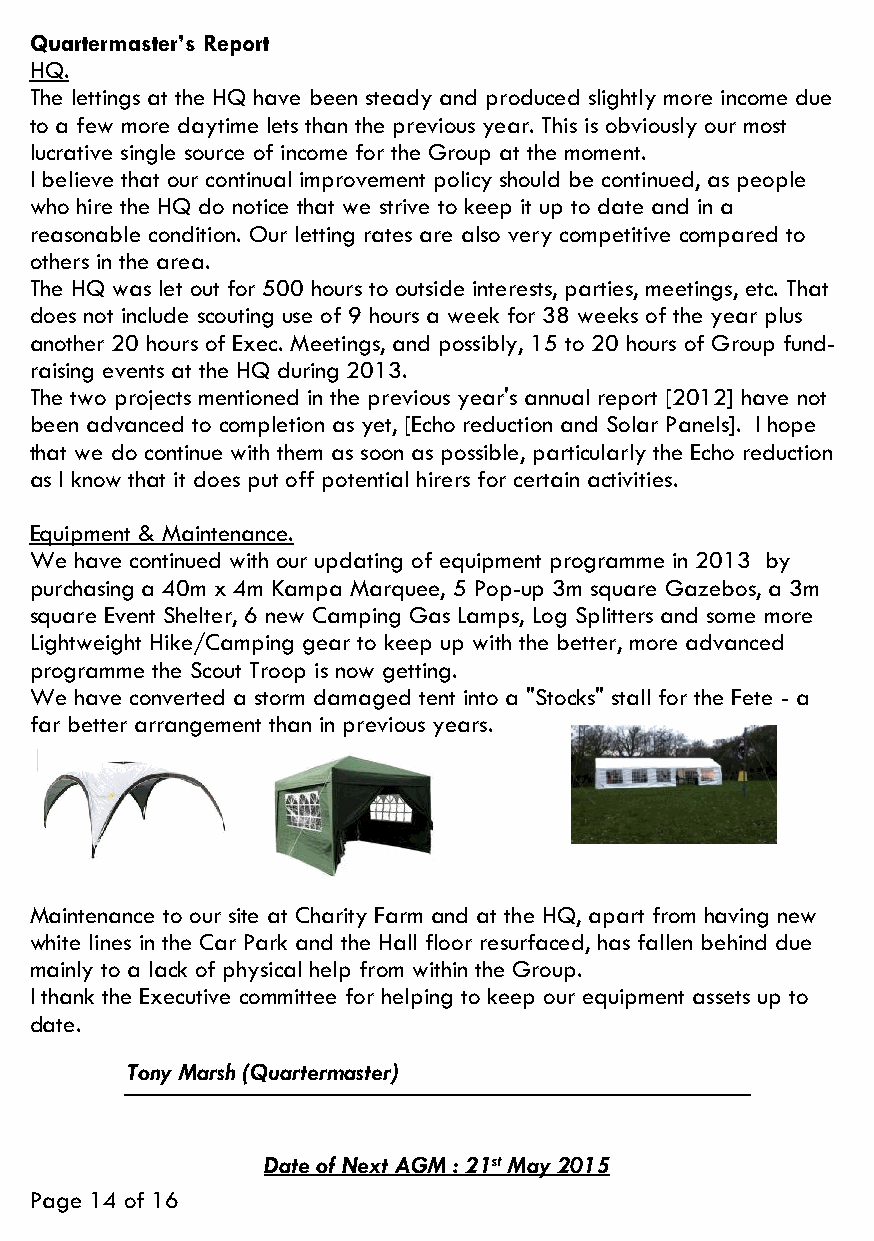
Quartermaster’s Report
 HQ.
 The lettings at the HQ have been steady and produced slightly more income due
 to a few more daytime lets than the previous year. This is obviously our most
 lucrative single source of income for the Group at the moment.
 I believe that our continual improvement policy should be continued, as people
 who hire the HQ do notice that we strive to keep it up to date and in a
 reasonable condition. Our letting rates are also very competitive compared to
 others in the area.
 The HQ was let out for 500 hours to outside interests, parties, meetings, etc. That
 does not include scouting use of 9 hours a week for 38 weeks of the year plus
 another 20 hours of Exec. Meetings, and possibly, 15 to 20 hours of Group fund-
 raising events at the HQ during 2013.
 The two projects mentioned in the previous year's annual report [2012] have not
 been advanced to completion as yet, [Echo reduction and Solar Panels]. I hope
 that we do continue with them as soon as possible, particularly the Echo reduction
 as I know that it does put off potential hirers for certain activities.
 Equipment & Maintenance.
 We have continued with our updating of equipment programme in 2013 by
 purchasing a 40m x 4m Kampa Marquee, 5 Pop-up 3m square Gazebos, a 3m
 square Event Shelter, 6 new Camping Gas Lamps, Log Splitters and some more
 Lightweight Hike/Camping gear to keep up with the better, more advanced
 programme the Scout Troop is now getting.
 We have converted a storm damaged tent into a "Stocks" stall for the Fete - a
 far better arrangement than in previous years.
 Maintenance to our site at Charity Farm and at the HQ, apart from having new
 white lines in the Car Park and the Hall floor resurfaced, has fallen behind due
 mainly to a lack of physical help from within the Group.
 I thank the Executive committee for helping to keep our equipment assets up to
 date.
 Tony Marsh (Quartermaster)
 Date of Next AGM : 21st May 2015
 Page 14 of 16